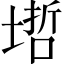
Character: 𡏥